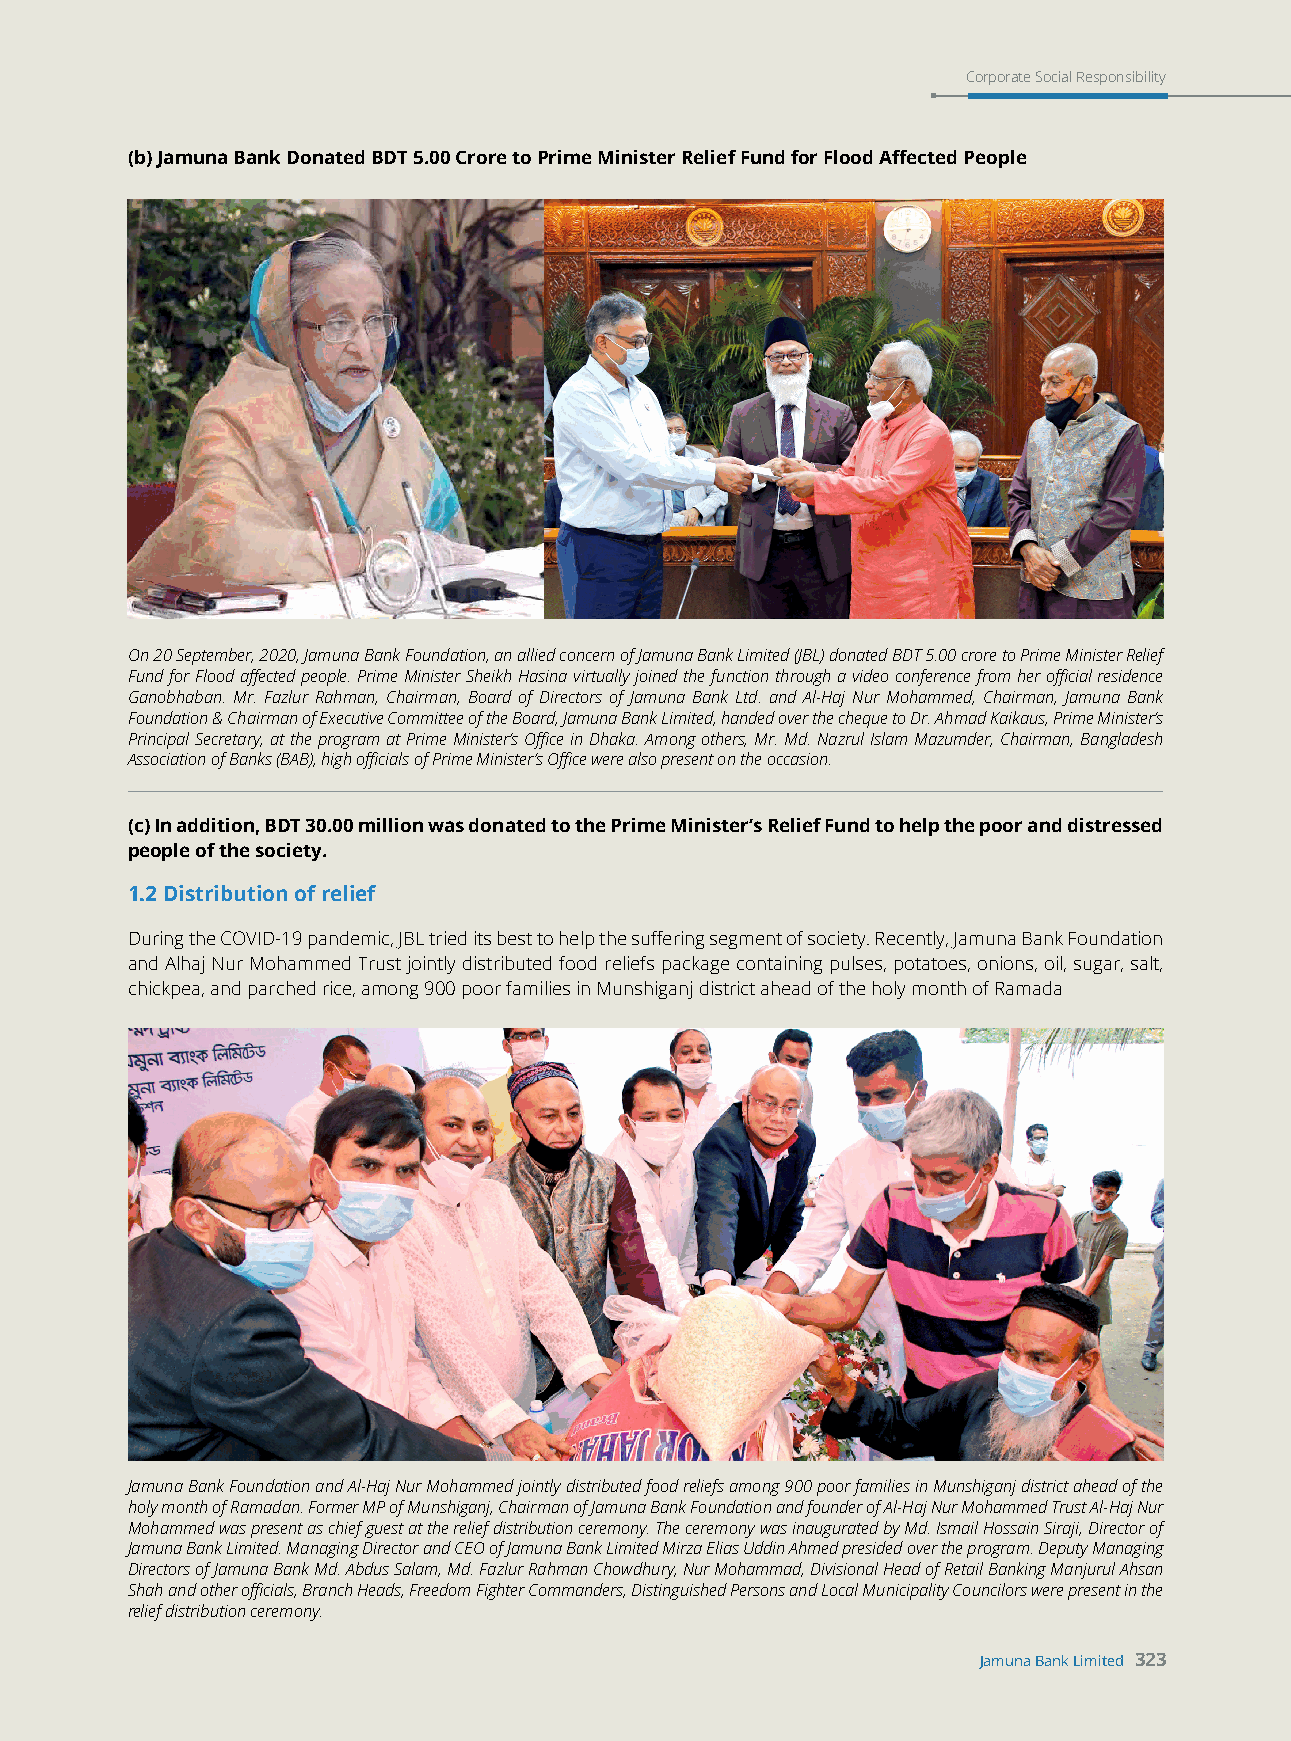
Corporate Social Responsibility
 (b) Jamuna Bank Donated BDT 5.00 Crore to Prime Minister Relief Fund for Flood Affected People
 On 20 September, 2020, Jamuna Bank Foundation, an allied concern of Jamuna Bank Limited (JBL) donated BDT 5.00 crore to Prime Minister Relief
 Fund for Flood affected people. Prime Minister Sheikh Hasina virtually joined the function through a video conference from her official residence
 Ganobhaban. Mr. Fazlur Rahman, Chairman, Board of Directors of Jamuna Bank Ltd. and Al-Haj Nur Mohammed, Chairman, Jamuna Bank
 Foundation & Chairman of Executive Committee of the Board, Jamuna Bank Limited, handed over the cheque to Dr. Ahmad Kaikaus, Prime Minister’s
 Principal Secretary, at the program at Prime Minister’s Office in Dhaka. Among others, Mr. Md. Nazrul Islam Mazumder, Chairman, Bangladesh
 Association of Banks (BAB), high officials of Prime Minister’s Office were also present on the occasion.
 (c) In addition, BDT 30.00 million was donated to the Prime Minister’s Relief Fund to help the poor and distressed
 people of the society.
 1.2 Distribution of relief
 During the COVID-19 pandemic, JBL tried its best to help the suffering segment of society. Recently, Jamuna Bank Foundation
 and Alhaj Nur Mohammed Trust jointly distributed food reliefs package containing pulses, potatoes, onions, oil, sugar, salt,
 chickpea, and parched rice, among 900 poor families in Munshiganj district ahead of the holy month of Ramada
 Jamuna Bank Foundation and Al-Haj Nur Mohammed jointly distributed food reliefs among 900 poor families in Munshiganj district ahead of the
 holy month of Ramadan. Former MP of Munshiganj, Chairman of Jamuna Bank Foundation and founder of Al-Haj Nur Mohammed Trust Al-Haj Nur
 Mohammed was present as chief guest at the relief distribution ceremony. The ceremony was inaugurated by Md. Ismail Hossain Siraji, Director of
 Jamuna Bank Limited. Managing Director and CEO of Jamuna Bank Limited Mirza Elias Uddin Ahmed presided over the program. Deputy Managing
 Directors of Jamuna Bank Md. Abdus Salam, Md. Fazlur Rahman Chowdhury, Nur Mohammad, Divisional Head of Retail Banking Manjurul Ahsan
 Shah and other officials, Branch Heads, Freedom Fighter Commanders, Distinguished Persons and Local Municipality Councilors were present in the
 relief distribution ceremony.
 Jamuna Bank Limited 323